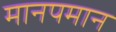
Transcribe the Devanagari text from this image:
मानपमान